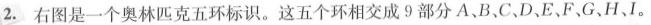
2. 右图是一个奥林匹克五环标识。这五个环相交成9部分A、B、C、D、E、F G、H、I。